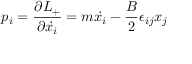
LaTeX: p _ { i } = \frac { \partial { \cal L } _ { + } } { \partial { \dot { x _ { i } } } } = m { \dot { x _ { i } } } - \frac { B } { 2 } \epsilon _ { i j } x _ { j }